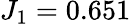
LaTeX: J_{1}=0.651